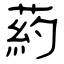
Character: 葯